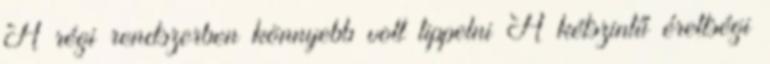
A régi rendszerben könnyebb volt tippelni A kétszintű érettségi